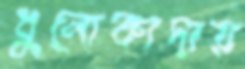
ধুলোকাদায়